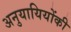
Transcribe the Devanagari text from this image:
अनुयायियोंकी